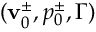
( \mathbf { v } _ { 0 } ^ { \pm } , p _ { 0 } ^ { \pm } , \Gamma )